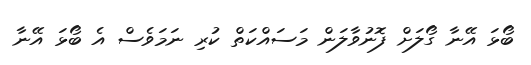
ބޯޅަ އޭނާ ގޯލަށް ފޮނުވާލަން މަސައްކަތް ކުރި ނަމަވެސް އެ ބޯޅަ އޭނާ